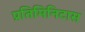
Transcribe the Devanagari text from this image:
प्रतिमिनिटास